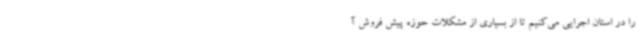
را در استان اجرایی می‌کنیم تا از بسیاری از مشکلات حوزه پیش فروش آ